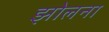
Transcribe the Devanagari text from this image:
झोलना